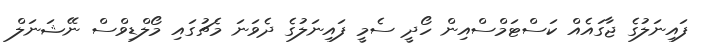
ފައިނަލުގެ ޖާގައެއް ކަސްޓަމްސްއިން ހޯދީ ސެމީ ފައިނަލުގެ ދެވަނަ މެޗުގައި މޯލްޑިވްސް ނޭޝަނަލް